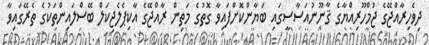
ދިވެހިރާއްޖޭގެ ޖުމްހޫރިއްޔާގެ ޤާނޫނުއަސާސީގައި ބަޔާންކޮށްފައިވާ ގޮތުގެ މަތިން ރާއްޖޭގެ އާކިޕެލެޖިކަލް ބޭސްލައިންތަކުގެ ތެރޭގައިވާ